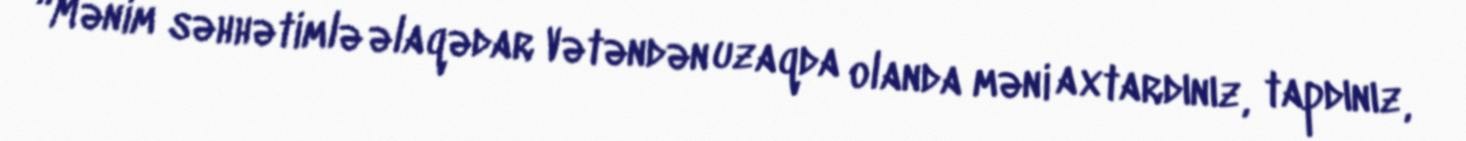
“Mənim səhhətimlə əlaqədar Vətəndən uzaqda olanda məni axtardınız, tapdınız,